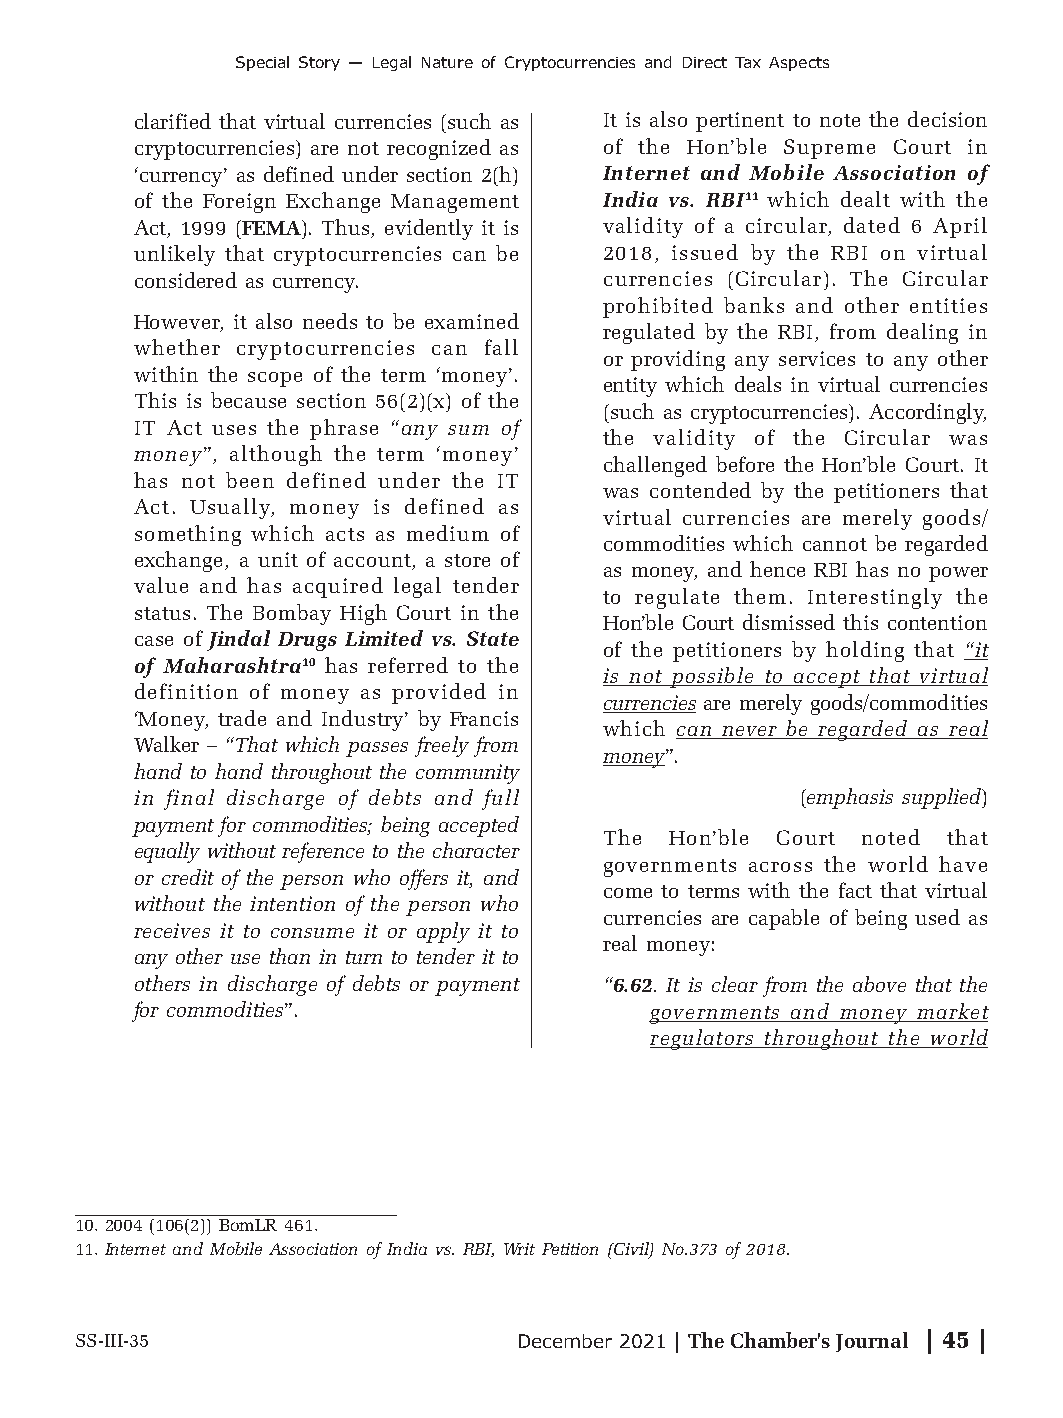
Special Story — Legal Nature of Cryptocurrencies and Direct Tax Aspects
 clarified that virtual currencies (such as It is also pertinent to note the decision
 cryptocurrencies) are not recognized as of the Hon’ble Supreme Court in
 ‘currency’ as defined under section 2(h) Internet and Mobile Association of
 of the Foreign Exchange Management India vs. RBI11 which dealt with the
 Act, 1999 (FEMA). Thus, evidently it is validity of a circular, dated 6 April
 unlikely that cryptocurrencies can be 2018, issued by the RBI on virtual
 considered as currency.        currencies (Circular). The Circular
 prohibited banks and other entities
 However, it also needs to be examined
 regulated by the RBI, from dealing in
 whether cryptocurrencies can fall
 or providing any services to any other
 within the scope of the term ‘money’.
 entity which deals in virtual currencies
 This is because section 56(2)(x) of the
 (such as cryptocurrencies). Accordingly,
 IT Act uses the phrase “any sum of
 the validity of the Circular was
 money”, although the term ‘money’
 challenged before the Hon’ble Court. It
 has not been defined under the IT
 was contended by the petitioners that
 Act. Usually, money is defined as
 virtual currencies are merely goods/
 something which acts as medium of
 commodities which cannot be regarded
 exchange, a unit of account, a store of
 as money, and hence RBI has no power
 value and has acquired legal tender
 to regulate them. Interestingly the
 status. The Bombay High Court in the
 Hon’ble Court dismissed this contention
 case of Jindal Drugs Limited vs. State
 of the petitioners by holding that “it
 of Maharashtra10 has referred to the
 is not possible to accept that virtual
 definition of money as provided in
 currencies are merely goods/commodities
 ‘Money, trade and Industry’ by Francis
 which can never be regarded as real
 Walker – “That which passes freely from
 money”.
 hand to hand throughout the community
 in final discharge of debts and full        (emphasis supplied)
 payment for commodities; being accepted
 The Hon’ble Court noted that
 equally without reference to the character
 governments across the world have
 or credit of the person who offers it, and
 come to terms with the fact that virtual
 without the intention of the person who
 currencies are capable of being used as
 receives it to consume it or apply it to
 real money:
 any other use than in turn to tender it to
 others in discharge of debts or payment “6.62. It is clear from the above that the
 for commodities”.                 governments and money market
 regulators throughout the world
 10. 2004 (106(2)) BomLR 461.
 11. Internet and Mobile Association of India vs. RBI, Writ Petition (Civil) No.373 of 2018.
 SS-III-35                    December 2021 | The Chamber's Journal | 45 |